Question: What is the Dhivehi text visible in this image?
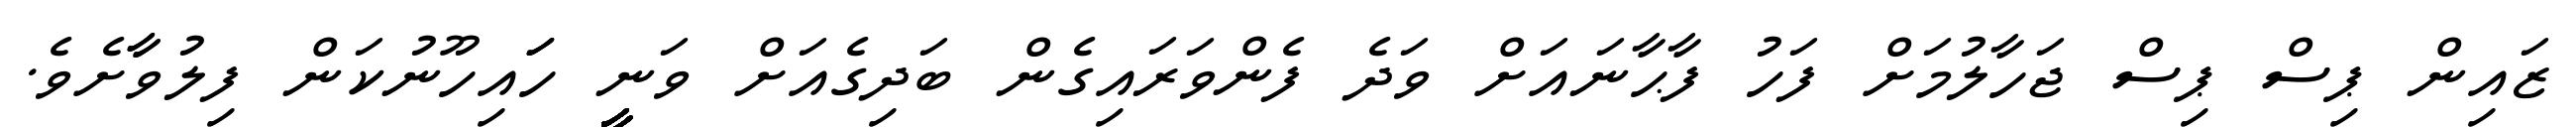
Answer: ޒައިން ޕިސް ޕިސް ޖަހާލުމަށް ފަހު ފާޙާނައަށް ވަދެ ފެންވަރައިގެން ބަދިގެއަށް ވަނީީީީީީީީީީީީީީީީީީީީީީީީީީީީ ހަަައިހޫނުކަން ފިލުވާާށެވެ.